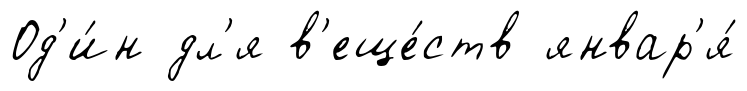
Од'и́н дл'я в'еще́ств январ'я́